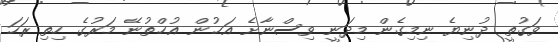
ވަގުތީ ދުނިޔެ ނިމިގެން މިދަނީ ވިސްނާށެ އަޙުން އުޙްތުނޭ މަރުގެ ހިތި ރަހަ